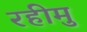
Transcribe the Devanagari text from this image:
रहीमु